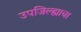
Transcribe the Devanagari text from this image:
उपजिल्ह्याचा